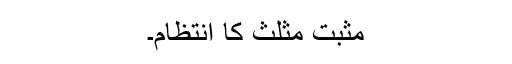
مثبت مثلث کا انتظام۔